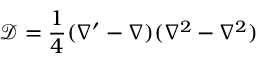
\mathcal { D } = \frac { 1 } { 4 } ( \nabla ^ { \prime } - \nabla ) ( \nabla ^ { 2 } - \nabla ^ { 2 } )